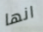
انها